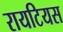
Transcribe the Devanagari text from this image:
रायटियस